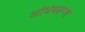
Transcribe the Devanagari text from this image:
अधिकाम्श